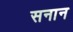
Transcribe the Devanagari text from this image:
सनान